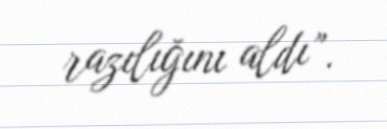
razılığını aldı”.